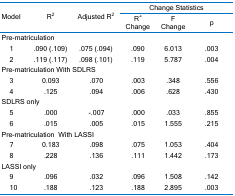
<table><thead><tr><td rowspan="2" colspan="2"><b>Model</b></td><td rowspan="2"><b>R<sup>2</sup></b></td><td rowspan="2" colspan="2"><b>Adjusted R<sup>2</sup></b></td><td colspan="4"><b>Change Statistics</b></td></tr><tr><td colspan="2"><b>R<sup>2</sup> Change</b></td><td><b>FChange</b></td><td><b>p</b></td></tr></thead><tbody><tr><td colspan="9">Pre-matriculation</td></tr><tr><td> </td><td>1</td><td>.090 (.109)</td><td colspan="2">.075 (.094)</td><td colspan="2">.090</td><td>6.013</td><td>.003</td></tr><tr><td> </td><td>2</td><td>.119 (.117)</td><td colspan="2">.098 (.101)</td><td colspan="2">.119</td><td>5.787</td><td>.004</td></tr><tr><td colspan="9">Pre-matriculation With SDLRS</td></tr><tr><td> </td><td>3</td><td colspan="2">0.093</td><td colspan="2">.070</td><td>.003</td><td>.348</td><td>.556</td></tr><tr><td> </td><td>4</td><td colspan="2">.125</td><td colspan="2">.094</td><td>.006</td><td>.628</td><td>.430</td></tr><tr><td colspan="4">SDLRS only</td><td colspan="2"> </td><td> </td><td> </td><td> </td></tr><tr><td> </td><td>5</td><td colspan="2">.000</td><td colspan="2">-.007</td><td>.000</td><td>.033</td><td>.855</td></tr><tr><td> </td><td>6</td><td colspan="2">.015</td><td colspan="2">.005</td><td>.015</td><td>1.555</td><td>.215</td></tr><tr><td colspan="9">Pre-matriculationWith LASSI</td></tr><tr><td> </td><td>7</td><td colspan="2">0.183</td><td colspan="2">.098</td><td>.075</td><td>1.053</td><td>.404</td></tr><tr><td> </td><td>8</td><td colspan="2">.228</td><td colspan="2">.136</td><td>.111</td><td>1.442</td><td>.173</td></tr><tr><td colspan="9">LASSI only</td></tr><tr><td> </td><td>9</td><td colspan="2">.096</td><td colspan="2">.032</td><td>.096</td><td>1.508</td><td>.142</td></tr><tr><td> </td><td>10</td><td colspan="2">.188</td><td colspan="2">.123</td><td>.188</td><td>2.895</td><td>.003</td></tr></tbody></table>